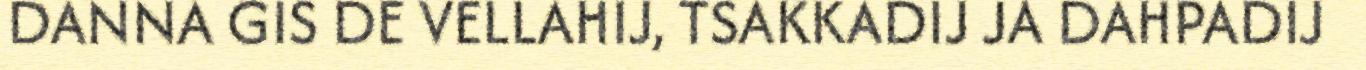
DANNA GIS DE VELLAHIJ, TSAKKADIJ JA DAHPADIJ